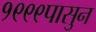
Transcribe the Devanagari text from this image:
१९९९पासुन